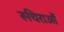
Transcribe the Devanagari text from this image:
रूचिराओं